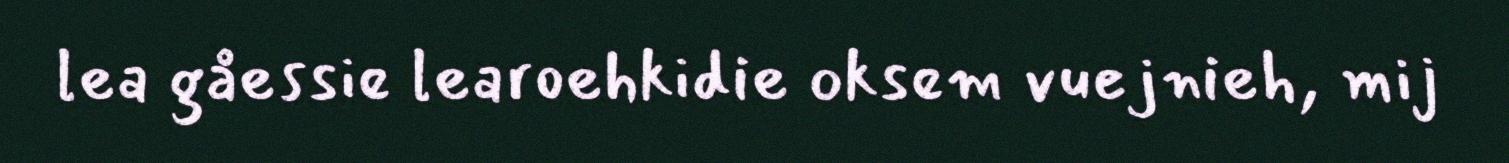
lea gåessie learoehkidie oksem vuejnieh, mij